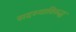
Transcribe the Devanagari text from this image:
सदस्याविरुद्ध